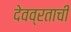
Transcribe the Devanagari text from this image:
देवव्रताची